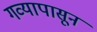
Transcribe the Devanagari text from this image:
गव्यापासून